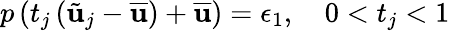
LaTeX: p\left(t_{j}\left(\tilde{\mathbf{u}}_{j}-\overline{{\mathbf{u}}}\right)+\overline{{\mathbf{u}}}\right)=\epsilon_{1},\quad 0<t_{j}<1